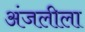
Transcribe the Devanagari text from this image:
अंजलीला